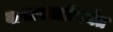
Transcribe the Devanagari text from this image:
बाजारवाडीपर्यंत